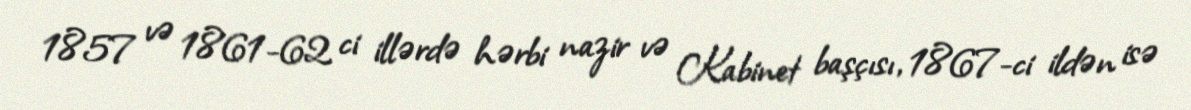
1857 və 1861-62 ci illərdə hərbi nazir və Kabinet başçısı, 1867-ci ildən isə